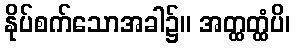
နိုပ်စက်သောအခါ၌။ အတ္ထတ္ထံပိ၊